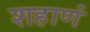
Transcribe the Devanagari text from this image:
शहाणं